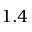
1 . 4